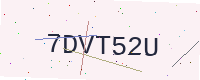
Text: 7DVT52U